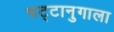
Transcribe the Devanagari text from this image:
चट्टानुगाला